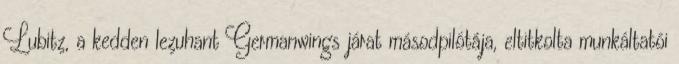
Lubitz, a kedden lezuhant Germanwings járat másodpilótája, eltitkolta munkáltatói